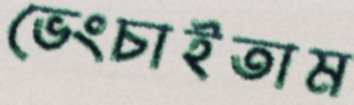
ভেংচাইতাম